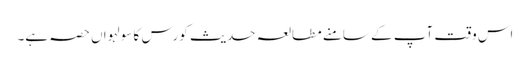
اس وقت آپ کے سامنے مطالعہ حدیث کورس کا سولہواں حصہ ہے۔